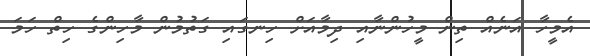
އެމީހާ އަނެއް ތިން މީހުންނާއި ދިމާއަށް ހިނގައި ގަތުމުން މާހިންގެ ހިތް ހަމަ